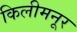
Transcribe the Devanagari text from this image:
किलीमनूर